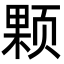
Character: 颗